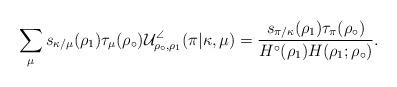
LaTeX: \begin{align*}\sum_{\mu} s_{\kappa/\mu}(\rho_1) \tau_{\mu}(\rho_{\circ})\mathcal{U}^{\angle}_{\rho_{\circ}, \rho_1}(\pi \vert \kappa, \mu) = \frac{s_{\pi/\kappa}(\rho_1) \tau_{\pi}(\rho_{\circ})}{H^{\circ}(\rho_1) H(\rho_1 ; \rho_{\circ})}.\end{align*}